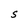
Character: S